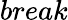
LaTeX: break